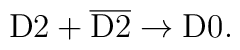
{\rm D}2 + \overline{{\rm D}2} \rightarrow {\rm D}0.